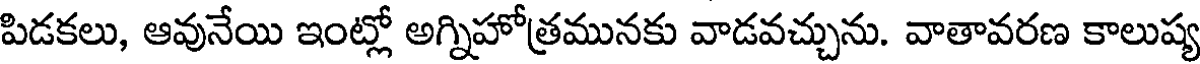
పిడకలు, ఆవునేయి ఇంట్లో అగ్నిహోత్రమునకు వాడవచ్చును. వాతావరణ కాలుష్య